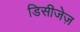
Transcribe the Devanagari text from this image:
डिसीजेज़